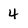
Character: 4